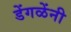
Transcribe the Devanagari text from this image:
डेंगळेंनी